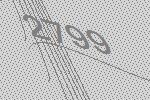
2799